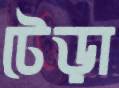
টেড়া